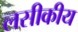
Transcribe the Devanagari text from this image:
लसीकीय